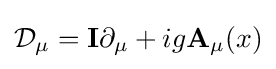
\mathbf {\mathcal {D}} _{\mu }=\mathbf {I} \partial _{\mu }+ig\mathbf {A} _{\mu }(x)